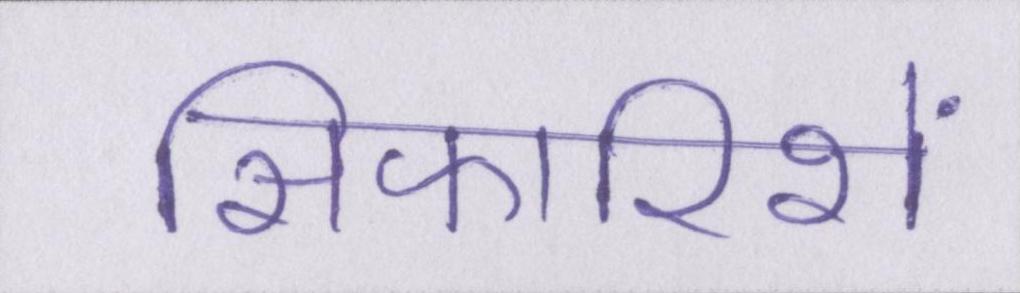
सिफारिशें